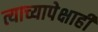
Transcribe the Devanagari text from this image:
त्याच्यापेक्षाही